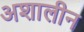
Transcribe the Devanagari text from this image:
अशालीन